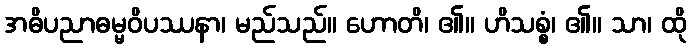
အဓိပညာဓမ္မဝိပဿနာ၊ မည်သည်။ ဟောတိ၊ ၏။ ဟိသစ္စံ၊ ၏။ သာ၊ ထို